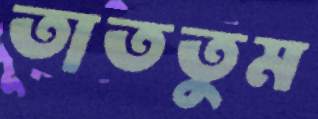
তাততুম